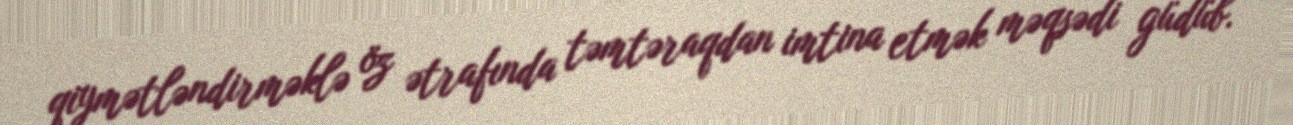
qiymətləndirməklə öz ətrafında təmtəraqdan imtina etmək məqsədi güdüb.